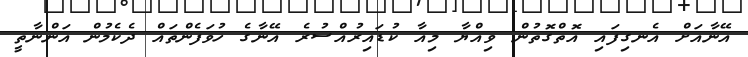
އޭނާއަށް އެނގިފައި އޮތްގޮތުން ވިއްޔާ މިއާ ކުޑައިރުއްސުރެ އޭނާގެ ހުވަފެންތައް ދެކެމުން އަންނާތީ